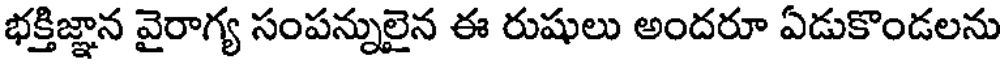
భక్తిజ్ఞాన వైరాగ్య సంపన్నులైన ఈ రుషులు అందరూ ఏడుకొండలను